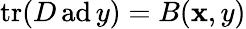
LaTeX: \operatorname{tr}(D\operatorname{ad}y)=B(\mathbf{x},y)